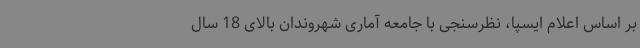
بر اساس اعلام ایسپا، نظرسنجی با جامعه آماری شهروندان بالای 18 سال